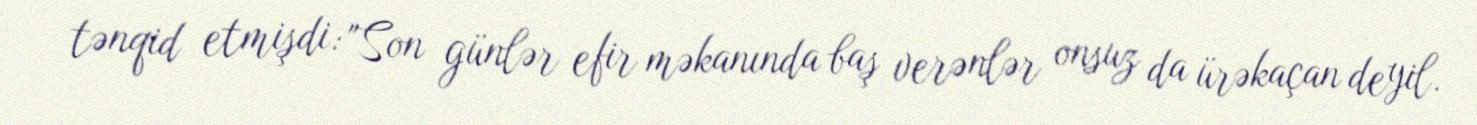
tənqid etmişdi: "Son günlər efir məkanında baş verənlər onsuz da ürəkaçan deyil.